255_413270_UFO's_and_Defense_What_Should_we_Prepare_For
Agency: NASA
Page 57
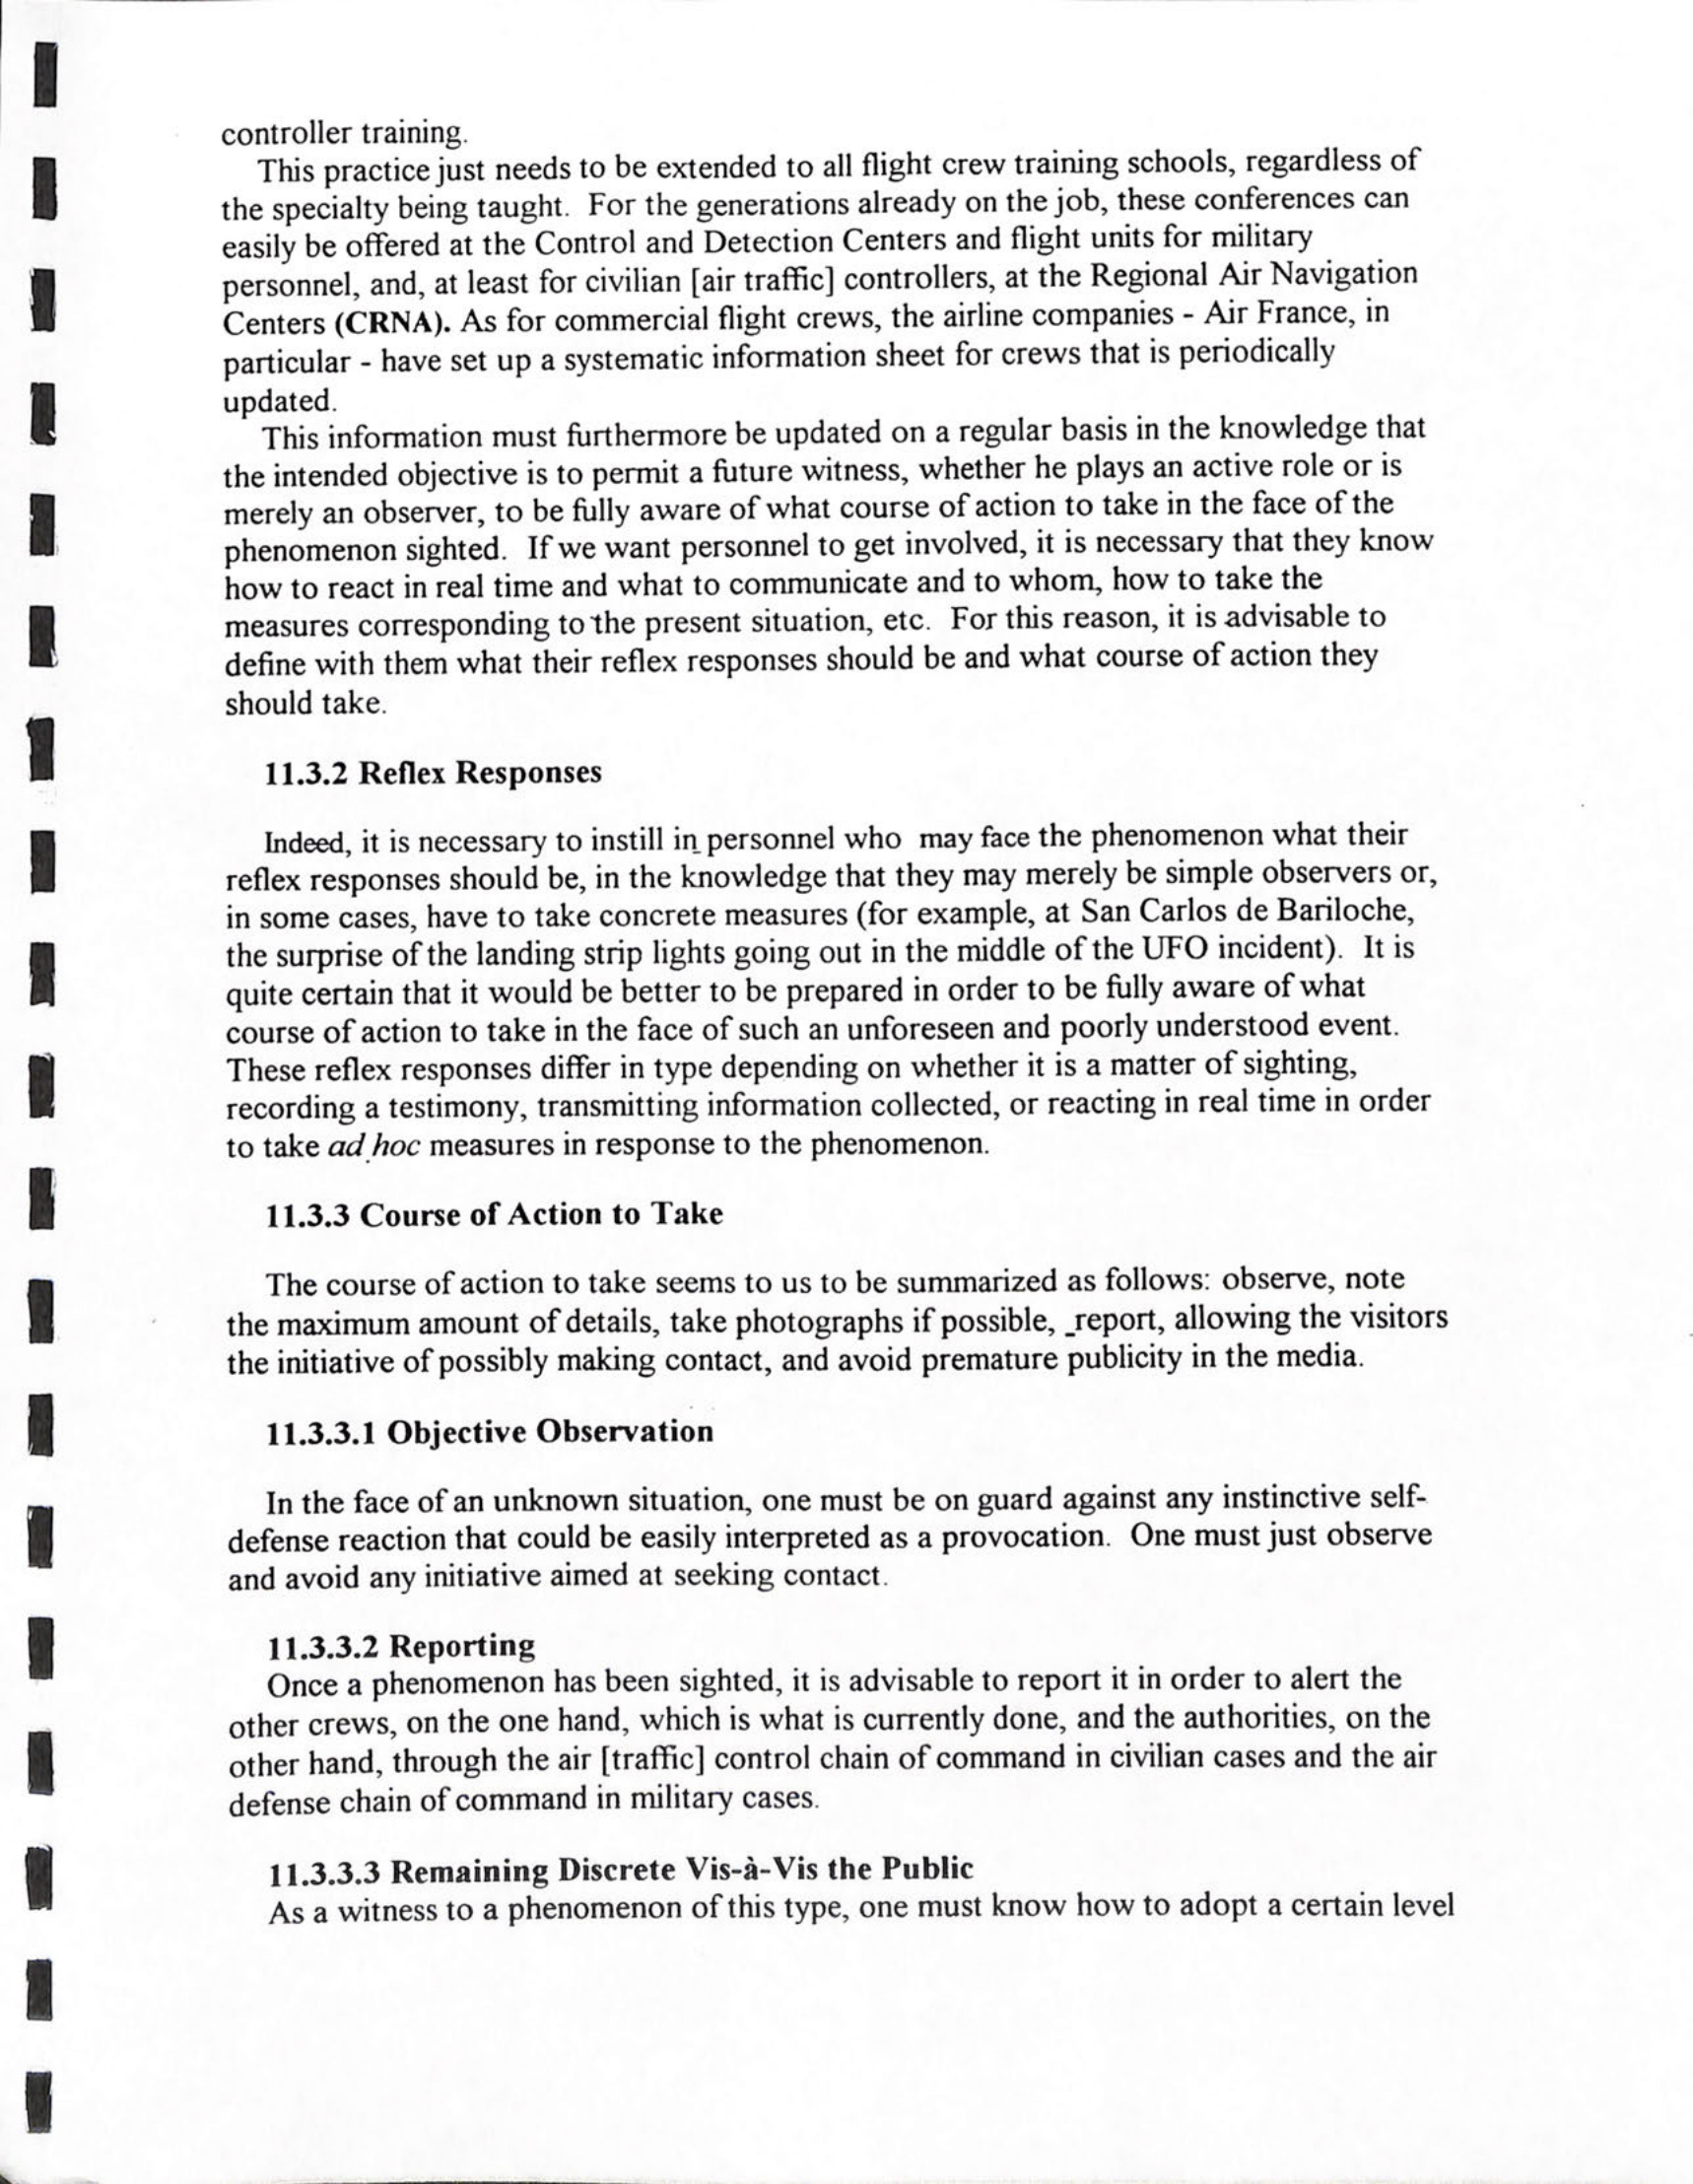